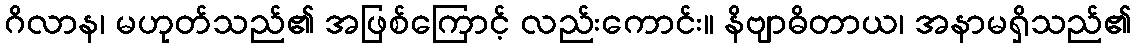
ဂိလာန၊ မဟုတ်သည်၏ အဖြစ်ကြောင့် လည်းကောင်း။ နိဗျာဓိတာယ၊ အနာမရှိသည်၏